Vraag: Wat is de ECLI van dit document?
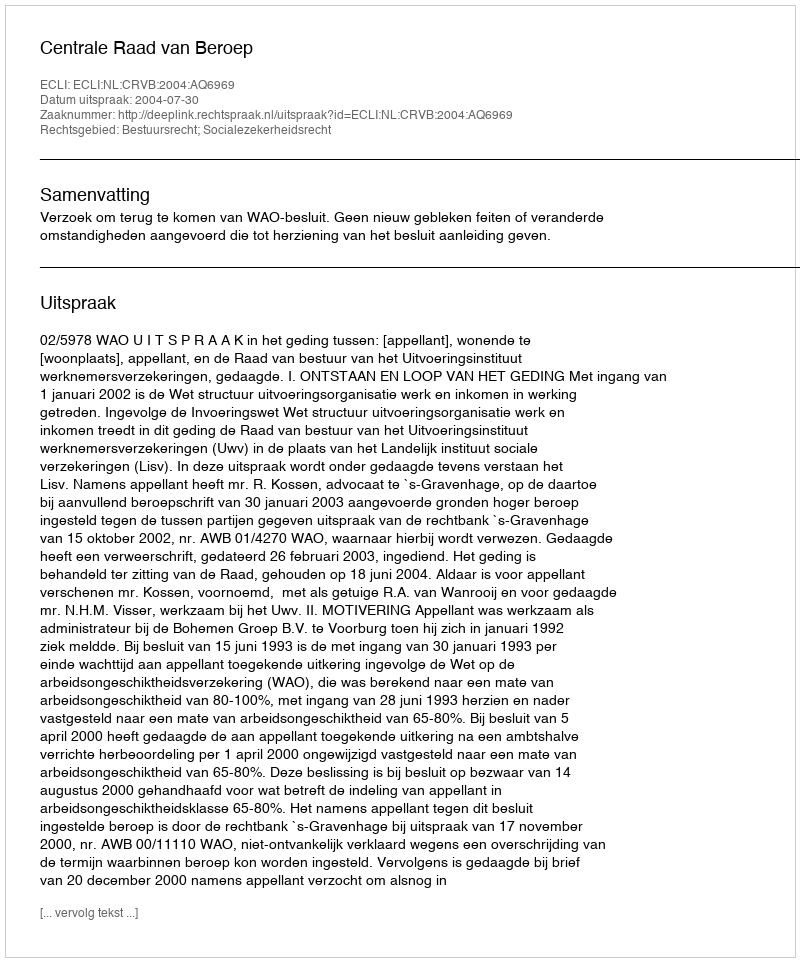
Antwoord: ECLI:NL:CRVB:2004:AQ6969